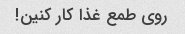
روی طمع غذا کار کنین!